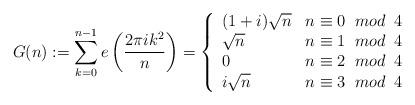
LaTeX: \begin{align*}G(n):=\sum_{k=0}^{n-1} e\left(\frac{2\pi ik^2}{n}\right)=\left\{\begin{array}{lr}(1+i)\sqrt{n} & n \equiv 0\;\;mod\;\;4\\\sqrt{n} & n\equiv 1\;\;mod\;\;4\\0 & n\equiv 2\;\;mod\;\;4\\i\sqrt{n} & n\equiv 3\;\;mod\;\;4\end{array}\right.\end{align*}